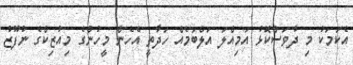
އެކަމަކު މި ދުވަސްކޮޅު އަމިއްލަ އަލްބަމެއް ހަދާތީ އެހެން މީހުންގެ މިއުޒިކްގެ ނުފޫޒު